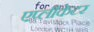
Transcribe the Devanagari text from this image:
एप्लीकेटर